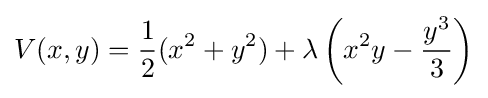
V(x,y)={\frac {1}{2}}(x^{2}+y^{2})+\lambda \left(x^{2}y-{\frac {y^{3}}{3}}\right)